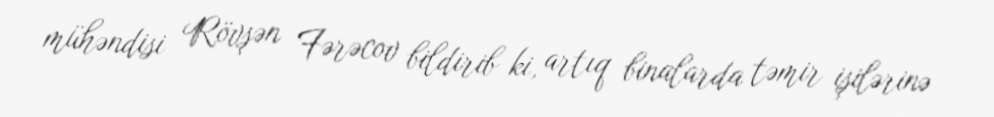
mühəndisi Rövşən Fərəcov bildirib ki, artıq binalarda təmir işilərinə